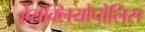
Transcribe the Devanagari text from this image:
हेराक्लियोपोलिस